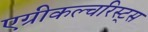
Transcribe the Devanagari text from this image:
एग्रीकल्चरिस्ट्स